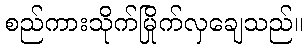
စည်ကားသိုက်မြိုက်လှချေသည်။